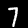
Label: 7